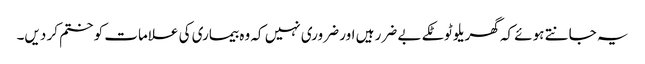
یہ جانتے ہوئے کہ گھریلو ٹوٹکے بے ضرر ہیں اور ضروری نہیں کہ وہ بیماری کی علامات کو ختم کر دیں۔